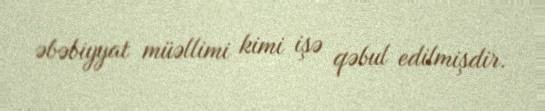
əbəbiyyat müəllimi kimi işə qəbul edilmişdir.